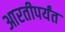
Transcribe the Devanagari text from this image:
आरतीपर्यंत